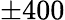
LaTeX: \pm 400